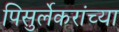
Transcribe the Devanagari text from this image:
पिसुर्लेकरांच्या